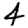
Digit: 4